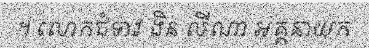
។ លោកជំទាវ ងិន លីណា អគ្គនាយក